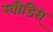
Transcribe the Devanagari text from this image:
स्वीडिस्